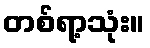
တစ်ရာ့သုံး။